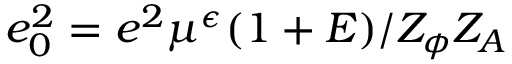
e _ { 0 } ^ { 2 } = e ^ { 2 } \mu ^ { \epsilon } ( 1 + E ) / Z _ { \phi } Z _ { A }